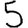
Digit: 5